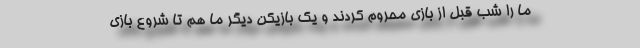
ما را شب قبل از بازی محروم کردند و یک بازیکن دیگر ما هم تا شروع بازی